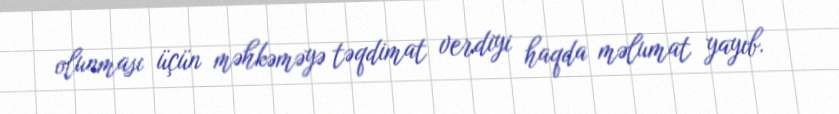
olunması üçün məhkəməyə təqdimat verdiyi haqda məlumat yayıb.